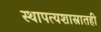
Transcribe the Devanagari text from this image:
स्थापत्यशास्रातही